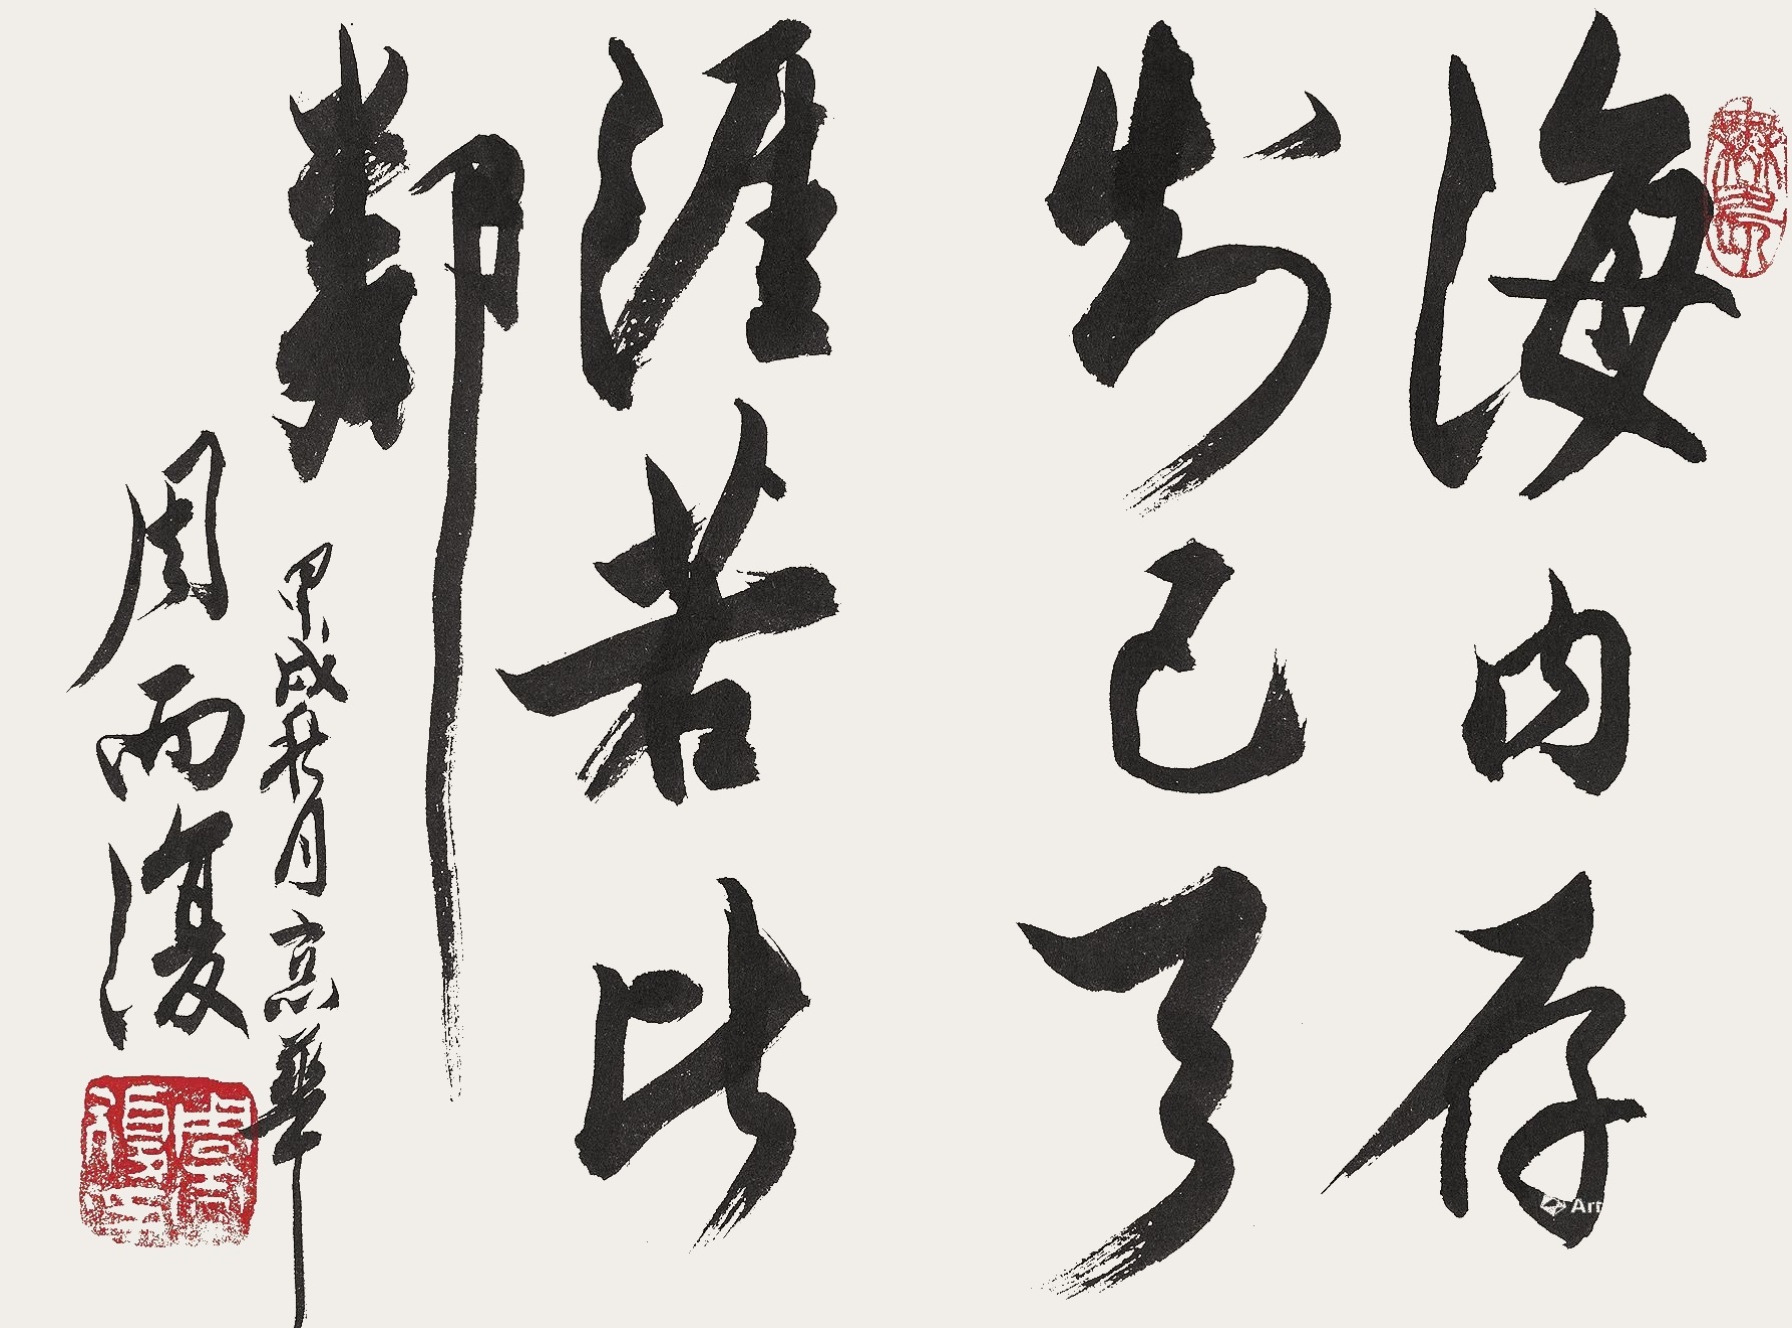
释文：海内存知己，天涯若比邻。甲戌秋月，京华。周而复。